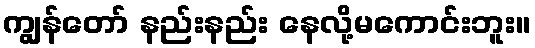
ကျွန်တော် နည်းနည်း နေလို့မကောင်းဘူး။